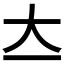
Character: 𡗓